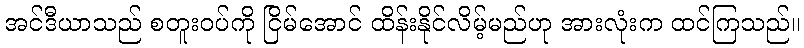
အင်ဒီယာသည် စတူးဝပ်ကို ငြိမ်အောင် ထိန်းနိုင်လိမ့်မည်ဟု အားလုံးက ထင်ကြသည်။